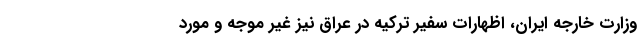
وزارت خارجه ایران، اظهارات سفیر ترکیه در عراق نیز غیر موجه و مورد